Report on malaria in the Punjab during the year ...  together with an account of the work of the Punjab Malaria Bureau - Volume 6
Disease focus: Malaria
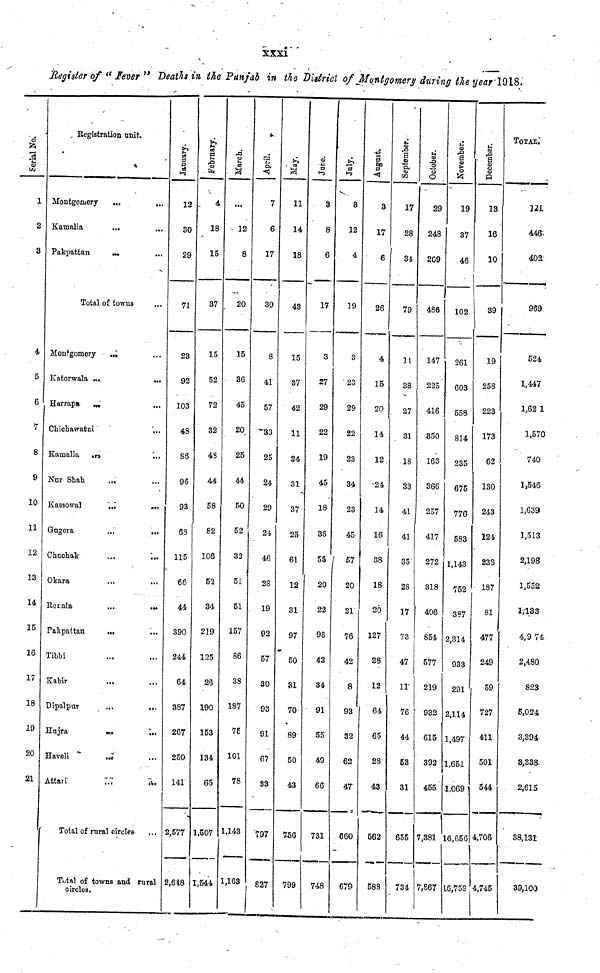
xxxi
Register of " Fever " Death in the Punjab in the District of Montgomery during the year 1918.
Serial No.
1
2
3
4
5
6
7
8
9
10
11
12
13
l4
15
16
17
18
19
20
21
Registration unit.
Montgomery
Kamalia
Pakpattan
...
...
...
Total of towns
Montgomery
Katorwala
Harrapa
...
...
Chichawatni
Kamalia
...
Nur Shah
Kassowal
Gugera
Chuchak
Okara
Rorala
Pakpattan
Tibbi
Kabir
Dipalpur
Hujra
Haveli
Attari
...
...
...
...
...
...
...
...
...
...
...
...
...
...
...
...
Total of rural circles
...
...
...
...
...
...
...
...
...
...
...
...
...
...
...
...
...
...
...
...
...
...
Total of towns and rural
circles.
January.
12
30
29
71
23
92
103
48
86
96
93
68
115
66
44
390
244
64
387
267
250
141
2,577
2,648
February.
4
18
15
37
15
52
72
32
48
44
58
82
106
52
34
219
125
26
190
153
134
65
1,507
1,544
March.
...
12
8
20
15
36
45
20
25
44
50
52
32
51
51
157
86
38
187
75
101
78
1,143
1,163
April.
7
6
17
30
8
41
57
33
25
24
29
24
46
28
19
92
57
30
93
91
67
33
797
827
May.
11
14
18
43
15
37
42
11
24
31
37
25
61
12
31
97
50
31
70
89
50
43
756
799
June.
3
8
6
17
3
27
29
22
19
45
18
36
55
20
22
98
42
34
91
55
49
66
731
748
July.
3
12
4
19
4
23
29
22
23
34
23
45
57
20
21
76
42
8
93
32
62
47
660
679
August.
3
17
6
26
4
15
20
14
12
24
14
16
38
18
20
127
28
12
64
65
28
43
562
588
September.
17
28
34
79
11
38
27
31
18
33
41
41
35
28
17
73
47
11
76
44
53
31
655
734
October.
29
248
209
486
147
225
416
350
163
366
257
417
272
318
406
854
577
219
932
615
392
455
7,381
7,867
November.
19
37
46
102
261
603
558
814
235
675
776
583
1,143
752
387
2,314
933
291
2,114
1,497
1,651
1,069
16,656
16,758
December.
13
16
10
39
19
258
223
173
62
130
243
124
238
187
81
477
249
59
727
411
501
544
4,706
4,745
TOTAL
121
446
402
969
524
1,447
1,62 1
1,570
740
1,546
1,639
1,513
2,198
1,552
1,133
4,9 74
2,480
823
5,024
3,394
3,338
2,615
38,131
39,100